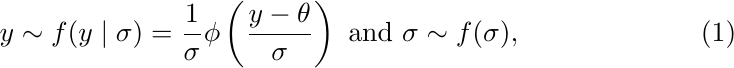
\begin{equation}
\begin{aligned}\label{DofOP}
y \sim f(y\mid\sigma) = \dfrac{1}{\sigma}\phi\left(\dfrac{y-\theta}{\sigma}\right)
\text{~and~}
\sigma\sim f(\sigma),
\end{aligned}
\end{equation}